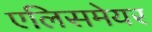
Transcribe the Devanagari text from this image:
एलिसमेयर